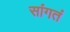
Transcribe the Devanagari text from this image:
सांगतं